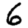
Digit: 6